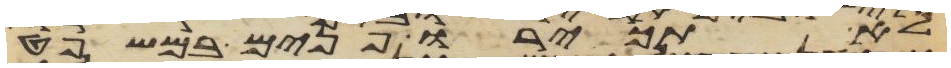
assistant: לא תכירו פנים במשפט